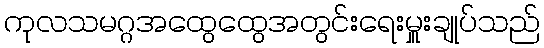
ကုလသမဂ္ဂအထွေထွေအတွင်းရေးမှူးချုပ်သည်